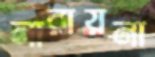
নারায়না